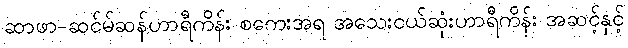
ဆာဖာ-ဆင်မ်ဆန်ဟာရီကိန်း စကေးအရ အသေးငယ်ဆုံးဟာရီကိန်း အဆင့်နှင့်